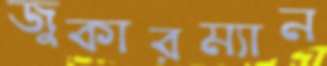
জুকারম্যান